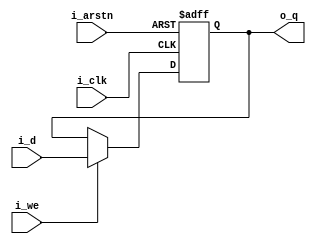
// 1-bit "flip-flop" register


module register(i_clk, i_d, i_arstn, i_we, o_q);


input i_clk; //clock
input i_d; // input data
input i_we; // write enable
input i_arstn; // async reset (active low)
output reg  o_q; // output data


always @(posedge i_clk or negedge i_arstn ) begin
	if (!i_arstn) begin
		o_q <= 1'b0;
	end else if (i_we) begin
		o_q <= i_d;
	end else begin
		o_q <= o_q;
	end
end


endmodule